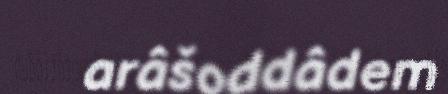
arâšoddâdem